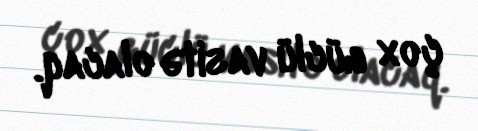
çox güclü vasitə olacaq.